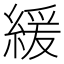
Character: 緩